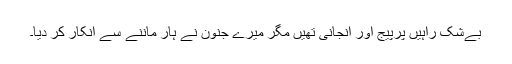
بےشک راہیں پرپیج اور انجانی تھیں مگر میرے جنون نے ہار ماننے سے انکار کر دیا۔